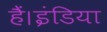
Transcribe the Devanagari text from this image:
हैं।इंडिया